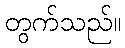
တွက်သည်။